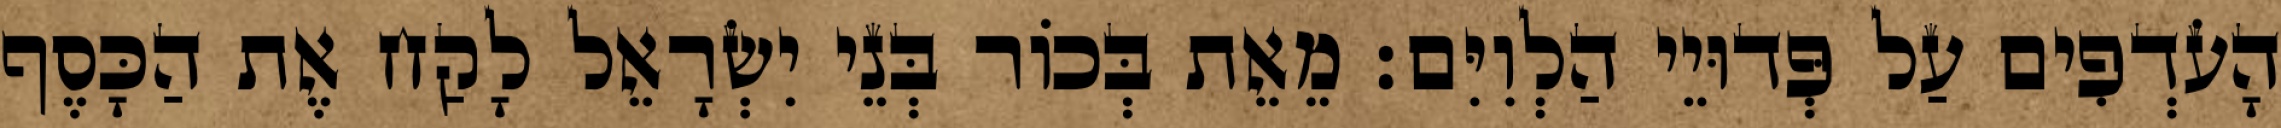
הָעֹדְפִים עַל פְּדוּיֵי הַלְוִיִּם׃ מֵאֵת בְּכוֹר בְּנֵי יִשְׂרָאֵל לָקַח אֶת הַכָּסֶף